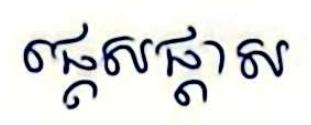
ផ្ដេសផ្ដាស